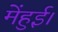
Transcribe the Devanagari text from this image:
मेंहुई।